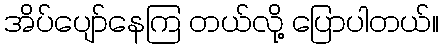
အိပ်ပျော်နေကြ တယ်လို့ ပြောပါတယ်။